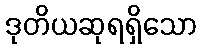
ဒုတိယဆုရရှိသော